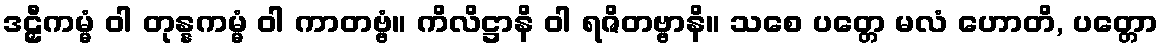
ဒဠှီကမ္မံ ဝါ တုန္နကမ္မံ ဝါ ကာတဗ္ဗံ။ ကိလိဋ္ဌာနိ ဝါ ရဇိတဗ္ဗာနိ။ သစေ ပတ္တေ မလံ ဟောတိ, ပတ္တော